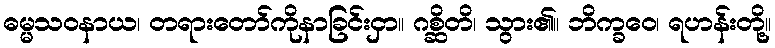
ဓမ္မသဝနာယ၊ တရားတော်ကိုနာခြင်းငှာ။ ဂစ္ဆိတိ၊ သွား၏။ ဘိက္ခဝေ၊ ရဟန်းတို့။